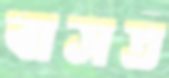
বাসত